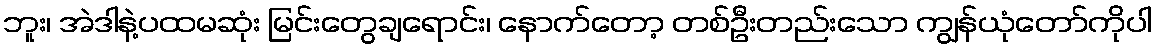
ဘူး၊ အဲဒါနဲ့ပထမဆုံး မြင်းတွေချရောင်း၊ နောက်တော့ တစ်ဦးတည်းသော ကျွန်ယုံတော်ကိုပါ